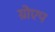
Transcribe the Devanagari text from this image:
ग्रोएप